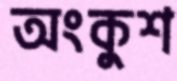
অংকুশ